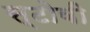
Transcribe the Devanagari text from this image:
स्टोवी